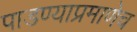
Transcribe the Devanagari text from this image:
पाडण्याप्रमाणेच